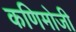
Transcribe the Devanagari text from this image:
कणिमोजी